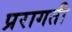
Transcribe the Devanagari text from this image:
प्ररागती